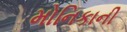
મોનિકાની